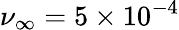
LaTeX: \nu_{\infty}=5\times{10^{-4}}